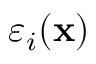
\varepsilon _ { i } ( \mathbf { x } )